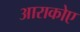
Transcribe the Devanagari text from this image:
आराकोए